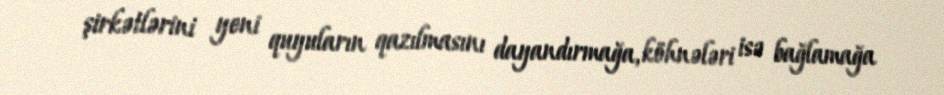
şirkətlərini yeni quyuların qazılmasını dayandırmağa, köhnələri isə bağlamağa